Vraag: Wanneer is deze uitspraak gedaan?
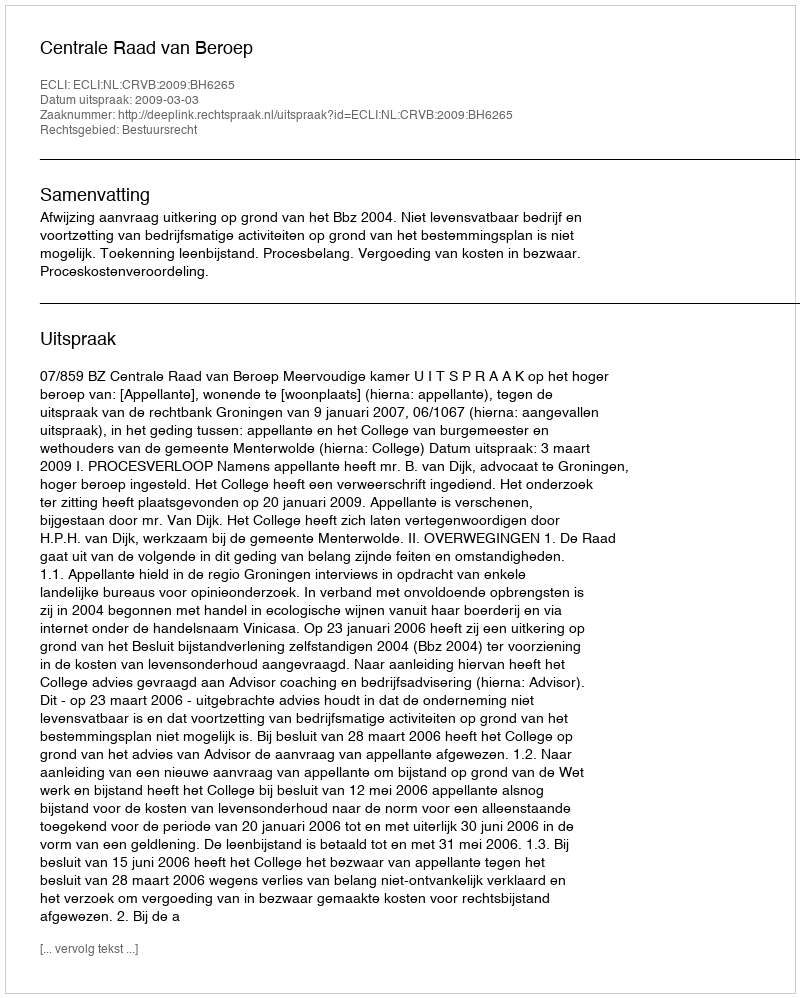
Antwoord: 2009-03-03